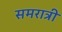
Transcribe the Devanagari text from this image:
समरात्री